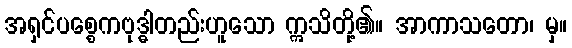
အရှင်ပစ္စေကဗုဒ္ဓါတည်းဟူသော ဣသိတို့၏။ အာကာသတော၊ မှ။